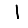
Digit: 1